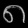
Digit: ၈